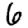
Digit: 6